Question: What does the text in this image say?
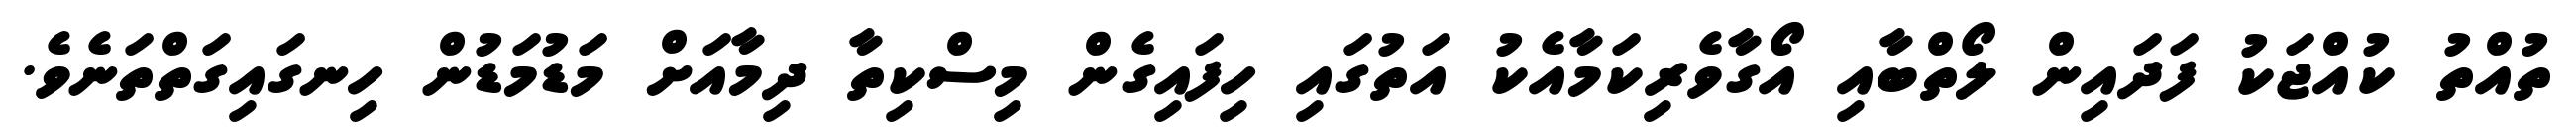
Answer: ތުއްތު ކުއްޖަކު ފަދައިން ލޯތްބާއި އޯގާވެރިކަމާއެކު އަތުގައި ހިފައިގެން މިސްކިތާ ދިމާއަށް މަޑުމަޑުން ހިނގައިގަތްތަނެވެ.